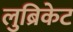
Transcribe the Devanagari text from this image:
लुब्रिकेट